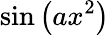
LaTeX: \sin\left(ax^{2}\right)